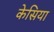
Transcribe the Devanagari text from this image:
केसिया